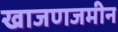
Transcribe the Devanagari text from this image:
खाजणजमीन